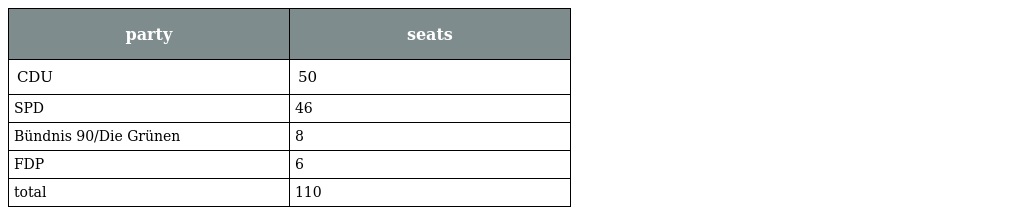
| party | seats |
 | --- | --- |
 | CDU | 50 |
 | SPD | 46 |
 | Bündnis 90/Die Grünen | 8 |
 | FDP | 6 |
 | total | 110 |